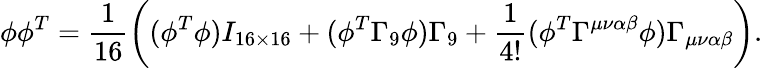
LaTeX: \phi\phi^{T}=\frac{1}{16}\left((\phi^{T}\phi)I_{16\times 16}+(\phi^{T}\Gamma_{9}\phi)\Gamma_{9}+\frac{1}{4!}(\phi^{T}\Gamma^{\mu\nu\alpha\beta}\phi)\Gamma_{\mu\nu\alpha\beta}\right).